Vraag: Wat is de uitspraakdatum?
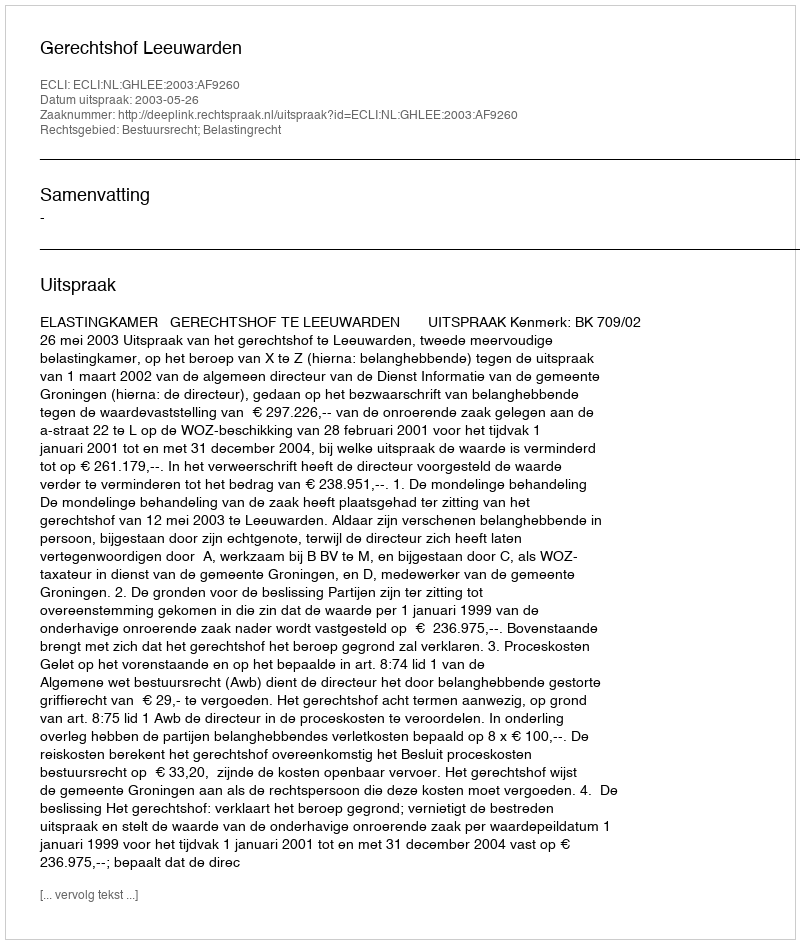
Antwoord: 2003-05-26